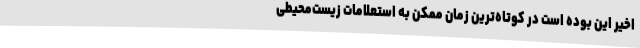
اخیر این بوده است در کوتاه‌ترین زمان ممکن به استعلامات زیست‌محیطی